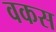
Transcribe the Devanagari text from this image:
वकस